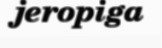
jeropiga